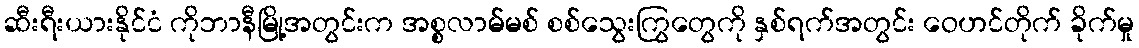
ဆီးရီးယားနိုင်ငံ ကိုဘာနီမြို့အတွင်းက အစ္စလာမ်မစ် စစ်သွေးကြွတွေကို နှစ်ရက်အတွင်း ဝေဟင်တိုက် ခိုက်မှု